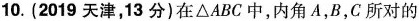
10.(2019天津，13分)在\triangleABC中，内角A，B，C所对的